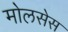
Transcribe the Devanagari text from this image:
मोलसेस